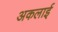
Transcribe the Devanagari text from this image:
अकलाई